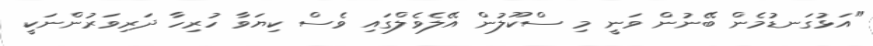
"އަޅުގަނޑުމެން ބޭނުން ވަނީ މި ސްކޫލުން އޭލެވެލްގައި ވެސް ކިޔަވާ ހުރިހާ ދަރިވަރުންނަކީ